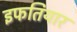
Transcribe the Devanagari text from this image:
इफतियार